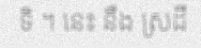
ទិ ។ នេះ នឹង ស្រដី